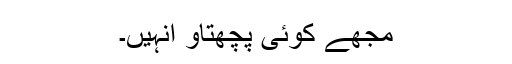
مجھے کوئی پچھتاو انہیں۔